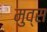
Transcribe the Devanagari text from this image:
मुव्स